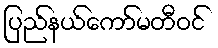
ပြည်နယ်ကော်မတီဝင်